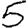
Digit: 5